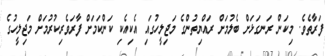
ފަރާތެވެ. މިކަން ރަނގަޅަށް ބެލުމަށް ރައްޔިތުންގެ މަޖިލީހުގައި އެކިއެކި ކަންކަމަށް ފާރަވެރިކުރުމަށް މަޖިލީހުގެ